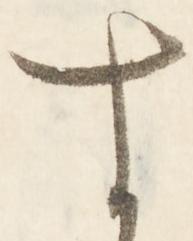
す